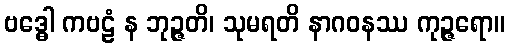
ဗဒ္ဓေါ ကဗဠံ န ဘုဉ္ဇတိ၊ သုမရတိ နာဂဝနဿ ကုဉ္ဇရော။